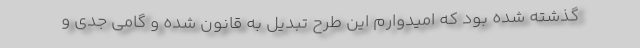
گذشته شده بود که امیدوارم این طرح تبدیل به قانون شده و گامی جدی و